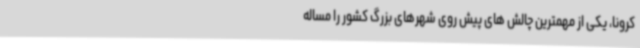
کرونا،‌ یکی از مهمترین چالش های پیش روی شهرهای بزرگ کشور را مساله